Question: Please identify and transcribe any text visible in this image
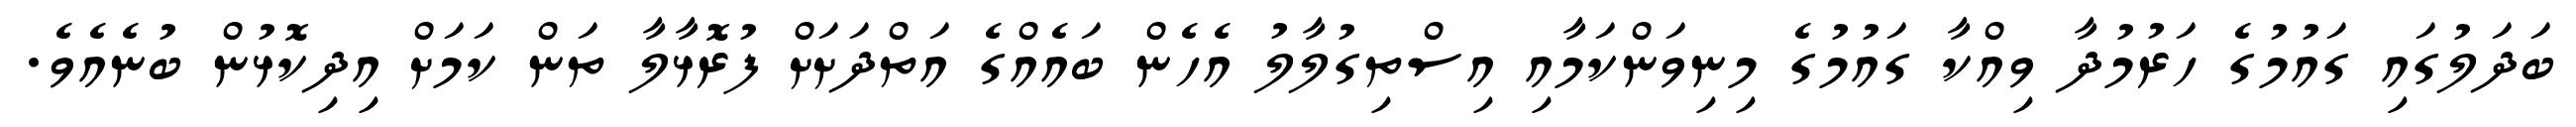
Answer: ބަދަލުގައި ގައުމުގެ ހަރުމުދާ ވިއްކާ ގައުމުގެ މިނިވަންކަމާއި އިސްތިގުލާލު އެހެން ބައެއްގެ އަތްދަށަށް ފުރޮޅާލާ ތަން ކަމަށް އިދިކޮޅުން ބުނެއެވެ.